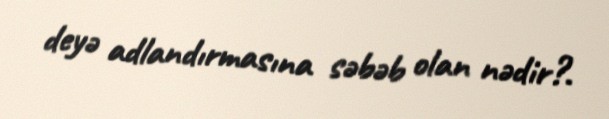
deyə adlandırmasına səbəb olan nədir?.